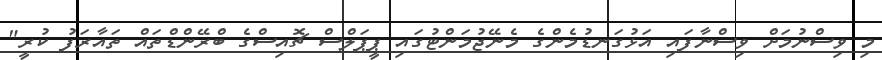
މި ވިސްނުމަށް ވިސްނާފައި އަޅުގަނޑުމެންގެ މެނޭޖުމަންޓުގައި ޕީޕަލްސް ޗޮއިސްގެ ބްރޭންޑްތައް ތައާރަފު ކުރީ"